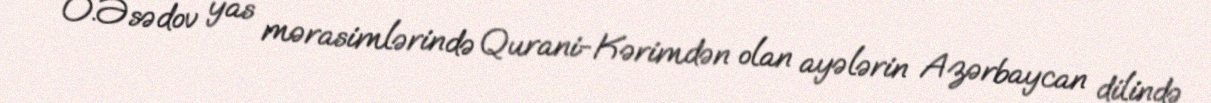
O.Əsədov yas mərasimlərində Qurani-Kərimdən olan ayələrin Azərbaycan dilində